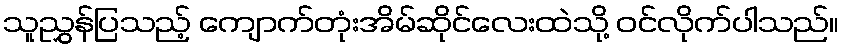
သူညွှန်ပြသည့် ကျောက်တုံးအိမ်ဆိုင်လေးထဲသို့ ဝင်လိုက်ပါသည်။